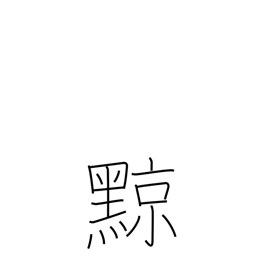
Meaning: tatooing